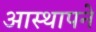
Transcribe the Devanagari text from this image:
आस्थापने